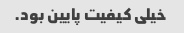
خیلی کیفیت پایین بود.